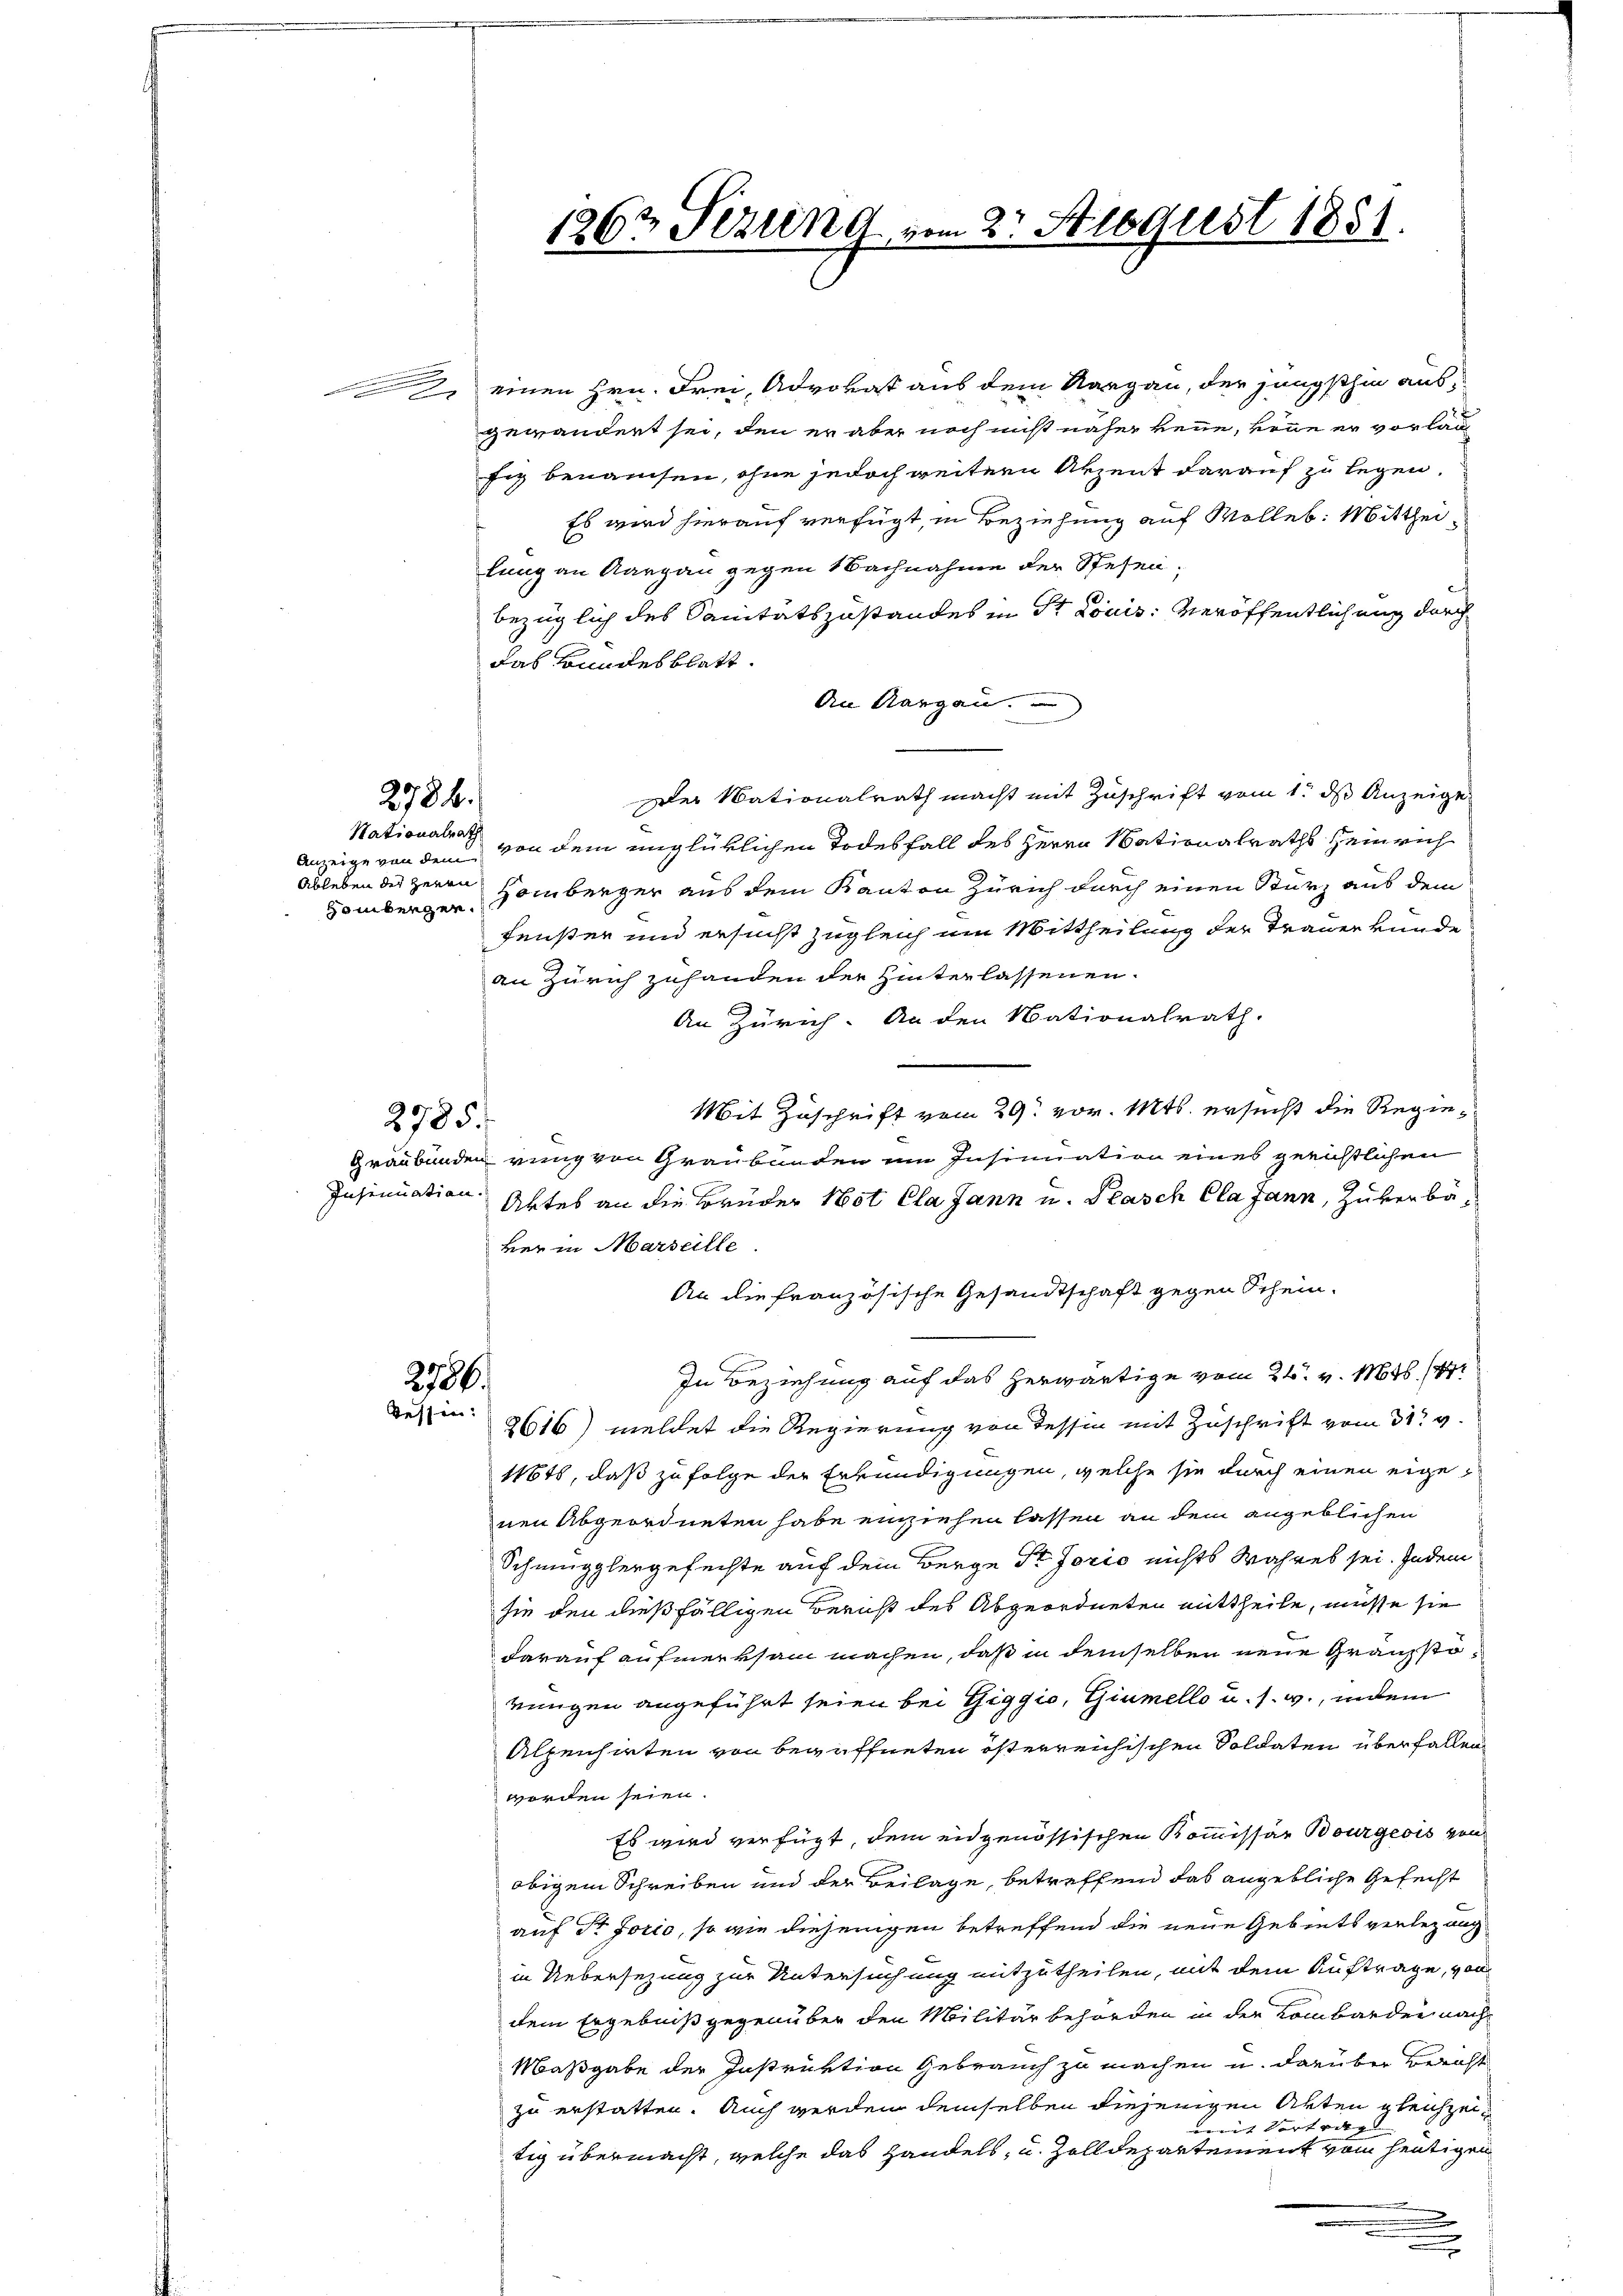
Nationalrath
Anzeige von dem
Hombergen.

einen Hrn. Frei, Advokat aus dem Aargau, der jüngsthin ausgewändert sei, den er aber noch nicht näher kenne, könne er vorlag
fiz benannten, ohne jedoch weitern Arzent darauf zu legen.
Es wird hierauf verfügt, in Beziehung auf Wolleb. Mittheilung an Aargau gegen Nachnahme der Stehen,
bezüglich des Sanitätszustandes in St. Louis: Veröffentlichung durch
das Bundesblatt.
An Aargau.
Der Nationalrath macht mit Zuschrift vom 1. ds Anzeige
von dem unglüklichen Todesfall des Herrn Nationalraths Heinrich
Ableben des Herrn Homberger aus dem Kanton Zürich durch einen Sturz aus dem
Fenster und ersucht zugleich um Mittheilung der Trauer kunde
an Zürich zuhanden der Hinterlassenen.
An Zürich. An den Nationalrath.
Mit Zuschrift vom 29. vor. Mts. ersucht die Regie¬
Graubünden rung von Graubünden im Insinuation eines gerichtlichen
Insinuation Aktes an die Brüder Not Cla Jann u. Flasch Cla Jann, Zuverbäber in Marseille.
An die französische Gesandtschaft gegen Schein¬
In Beziehung auf das herwärtige vom 24. v. 1648. 44
276.
Tessin:
2616) meldet die Regierung von dessin mit Zuschrift vom 31. v.
16ts, daß zu folge der Erkundigungen, welche sie durch einen eigenen Abgeordneten habe einziehen lassen an dem angeblichen
Schmugglergefechte auf dem Berge Sr Jorić nichts Wahres sei. Indem
sie den dießfälligen Bericht des Abgeordneten mittheile, müsse sie
darauf aufmerksam machen, daß in demselben neue Gränz(...)¬
rungen angeführt seien bei Giggio, Giumello u. s. w., indem
Alpenhieten von begaffneten österreichischen Soldaten überfallen
worden seien.
Es wird verfügt, dem eidgenössischen Kommissär Bourgeois von
obigem Schreiben und der Beilage, betreffend das angebliche Gefecht
auf Dr Jorio, so wie diejenigen betreffend die neue Gebiets verlegung
in Uebersezung zur Untersuchung mitzutheilen, mit dem Auftrage, von
dem Ergebniß gegenüber den Militär behörden in der Lombarder nach
Maßgabe der Instruktion Gebrauch zu machen u. darüber Bericht
zu erstatten. Auch werden demselben diejenigen Arten gleichzeimit Vortrag
tig übermacht, welche das Handels, u. Zolldepartement vom heutigen

2784.

2785.

1262 Fezung vom 25. Stibgust 1851.